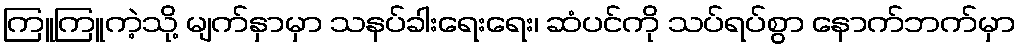
ကြူကြူကဲ့သို့ မျက်နှာမှာ သနပ်ခါးရေးရေး၊ ဆံပင်ကို သပ်ရပ်စွာ နောက်ဘက်မှာ